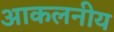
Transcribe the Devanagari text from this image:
आकलनीय